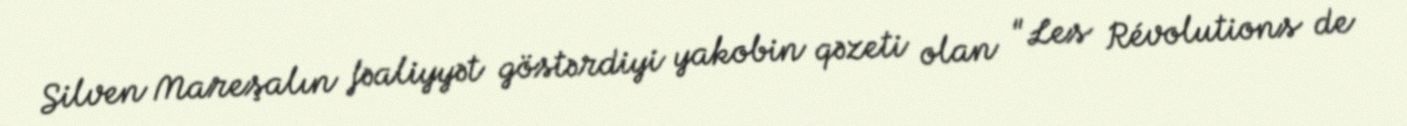
Silven Mareşalın fəaliyyət göstərdiyi yakobin qəzeti olan "Les Révolutions de